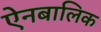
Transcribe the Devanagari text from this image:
ऐनबालिक